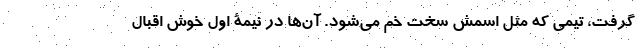
گرفت، تیمی که مثل اسمش سخت خم می‌شود. آن‌ها در نیمۀ اول خوش اقبال